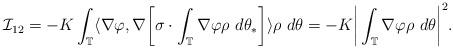
LaTeX: \begin{align*} {\mathcal I}_{12} = -K\int_{\mathbb T}\langle\nabla\varphi,\nabla\bigg[\sigma\cdot\int_{\mathbb T}\nabla\varphi\rho ~ d\theta_* \bigg] \rangle\rho ~ d\theta = -K\bigg|\int_{\mathbb T}\nabla\varphi\rho ~ d\theta\bigg|^{2}.\end{align*}